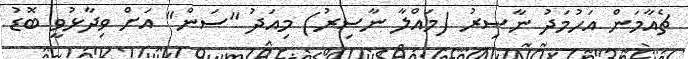
ޗެއާމަން އަހުމަދު ނާސިރު (މައްލާ ނާސިރު) މިއަދު "ސަން" އަށް ވިދާޅުވީ ބޮޑު